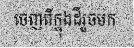
ចេញពីក្នុងដីរួចមក